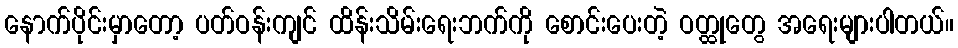
နောက်ပိုင်းမှာတော့ ပတ်ဝန်းကျင် ထိန်းသိမ်းရေးဘက်ကို စောင်းပေးတဲ့ ဝတ္ထုတွေ အရေးများပါတယ်။